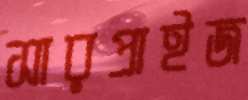
সারপ্রাইজ